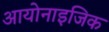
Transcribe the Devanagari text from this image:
आयोनाइजिक